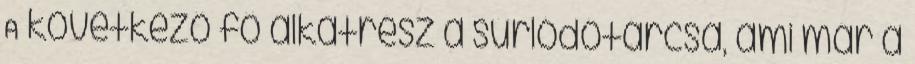
A következő fő alkatrész a súrlódótárcsa, ami már a